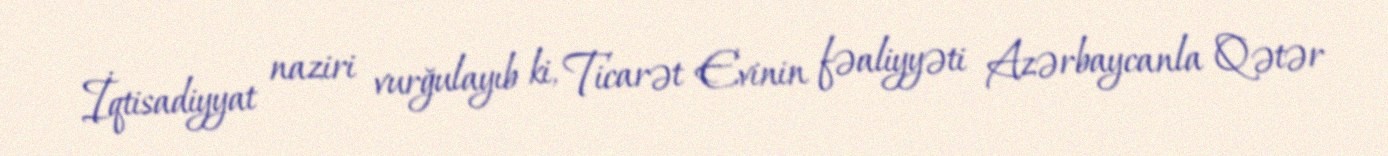
İqtisadiyyat naziri vurğulayıb ki, Ticarət Evinin fəaliyyəti Azərbaycanla Qətər